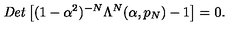
{ \it D e t } \left[ ( 1 - \alpha ^ { 2 } ) ^ { - N } \Lambda ^ { N } ( \alpha , p _ { N } ) - 1 \right] = 0 .